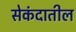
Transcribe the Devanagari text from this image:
सेकंदातील